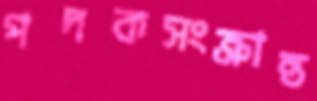
পদকসংক্রান্ত